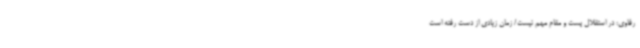
رفاوی: در استقلال پست و مقام مهم نیست/ زمان زیادی از دست رفته است